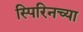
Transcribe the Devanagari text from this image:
स्पिरिनच्या